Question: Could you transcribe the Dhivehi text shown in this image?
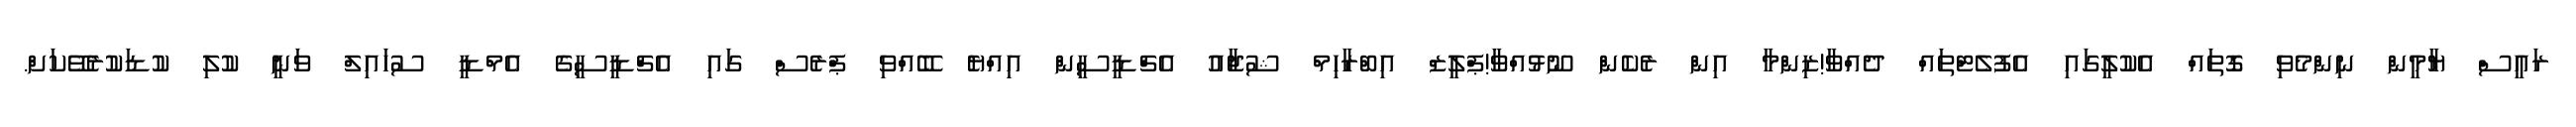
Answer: ރައީސް ޔާމީން ނިންމެވި ގޮތައް އެކުލީގައި އެފުލެޓްތައް ދެއްވާ!ޒިންމާ އިން ރެކެން ނޫޅުއްވާ!ޕްލީޒް އިބްރާހިމް ޝުޖާއު އެޗްޑީސީން އިއްޔެ ބޭއްވި ޕްރެސް ގައި އެޗްޑީސީގެ އެމްޑީ ސުހައިލް ވަނީ ކުލި ކުޑަކުރެވޭކަށް.